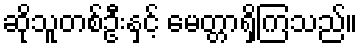
ဆိုသူတစ်ဦးနှင့် မေတ္တာရှိကြသည်။